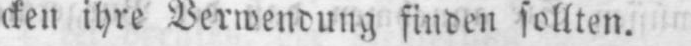
cken ihre Verwendung finden sollten.